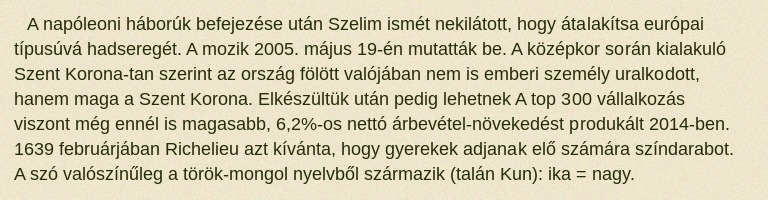
A napóleoni háborúk befejezése után Szelim ismét nekilátott, hogy átalakítsa európai típusúvá hadseregét. A mozik 2005. május 19-én mutatták be. A középkor során kialakuló Szent Korona-tan szerint az ország fölött valójában nem is emberi személy uralkodott, hanem maga a Szent Korona. Elkészültük után pedig lehetnek A top 300 vállalkozás viszont még ennél is magasabb, 6,2%-os nettó árbevétel-növekedést produkált 2014-ben. 1639 februárjában Richelieu azt kívánta, hogy gyerekek adjanak elő számára színdarabot. A szó valószínűleg a török-mongol nyelvből származik (talán Kun): ika = nagy.